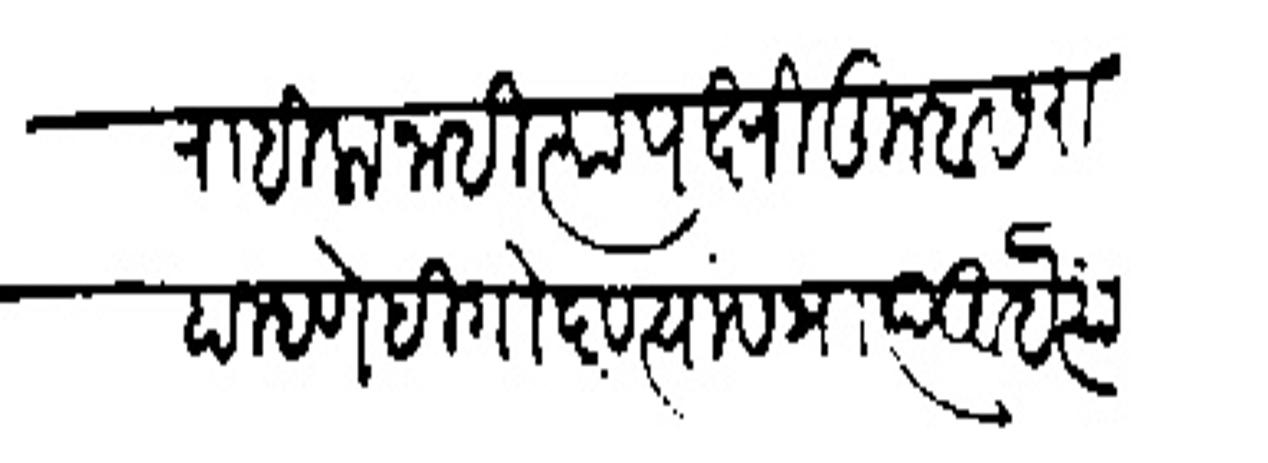
Transliteration (Devanagari): राहिला नाही त्यापक्षी तुम्हास राहा म्हणे ही गोष्ट त्यांस प्राप्त आहे त्यांअर्थी